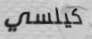
كيلسي